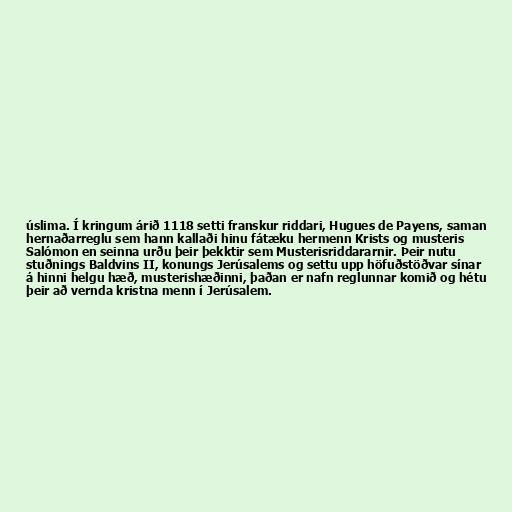
úslima. Í kringum árið 1118 setti franskur riddari, Hugues de Payens, saman
hernaðarreglu sem hann kallaði hinu fátæku hermenn Krists og musteris
Salómon en seinna urðu þeir þekktir sem Musterisriddararnir. Þeir nutu
stuðnings Baldvins II, konungs Jerúsalems og settu upp höfuðstöðvar sínar
á hinni helgu hæð, musterishæðinni, þaðan er nafn reglunnar komið og hétu
þeir að vernda kristna menn í Jerúsalem.